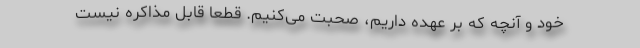
خود و آنچه که بر عهده داریم، صحبت می‌کنیم. قطعاً قابل مذاکره نیست